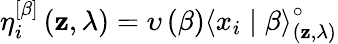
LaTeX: \eta_{i}^{\left[\beta\right]}\left(\mathbf{z},\lambda\right)=\upsilon\left(\beta\right)\left<x_{i}\mid\beta\right>_{\left(\mathbf{z},\lambda\right)}^{\circ}